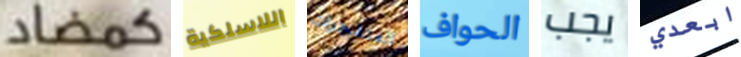
كمضاد اللاسلكية المتفجرات الحواف يجب ابعدي